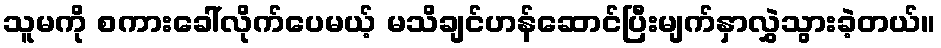
သူမကို စကားခေါ်လိုက်ပေမယ့် မသိချင်ဟန်ဆောင်ပြီးမျက်နှာလွှဲသွားခဲ့တယ်။